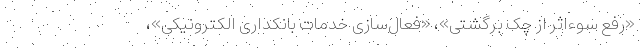
«رفع سوءاثر از چک برگشتی»، «فعال‌سازی خدمات بانکداری الکترونیکی»،